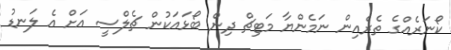
ކޯނަރެއްގެ ތެރެއިން ނަމެންޔާ މަޓިޗް ދިން ބޯޅައަކުން ޗެލްސީ އަށް އެ ލަނޑު